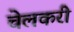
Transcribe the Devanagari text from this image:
चेलकरी